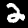
Label: 2